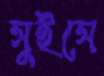
সুইসে